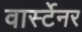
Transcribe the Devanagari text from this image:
वार्स्टेनर